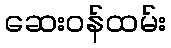
ဆေးဝန်ထမ်း